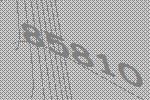
85810